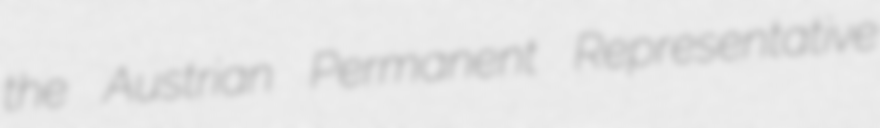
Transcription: the Austrian Permanent Representative